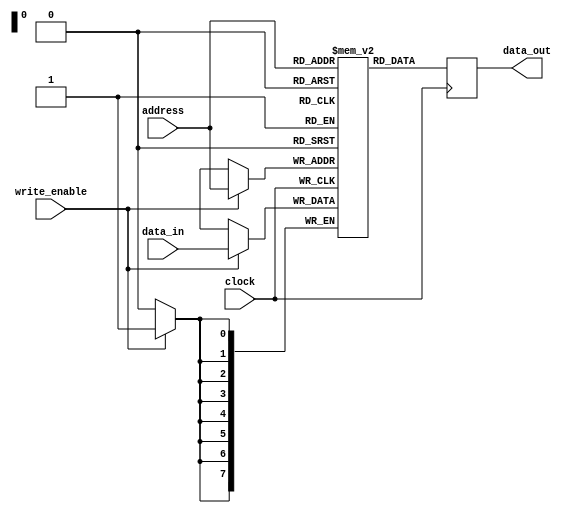
module mem_anti_fuse_rom(
    input wire [7:0] address,
    input wire clock,
    input wire write_enable,
    input wire [7:0] data_in,
    output wire [7:0] data_out
);

reg [7:0] memory [0:255];
reg [7:0] temp_data_out;

always @(posedge clock) begin
    if(write_enable) begin
        memory[address] <= data_in;
    end
    
    temp_data_out <= memory[address];
end

assign data_out = temp_data_out;

endmodule